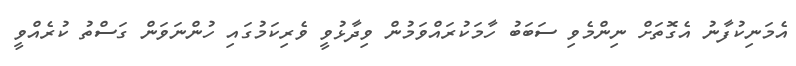
އެމަނިކުފާނު އެގޮތަށް ނިންމެވި ސަބަބު ހާމަކުރައްވަމުން ވިދާޅުވީ ވެރިކަމުގައި ހުންނަވަން ގަސްތު ކުރެއްވީ